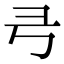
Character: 𢎝